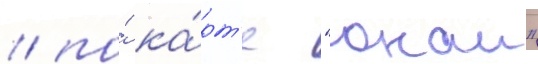
/ по́ ка́рт'е "онаи"